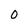
Character: 0